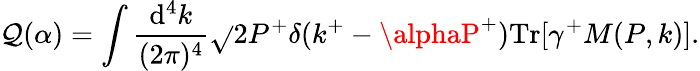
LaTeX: \mathcal{Q}(\alpha)=\int\frac{{\mathrm{{d}}^{4}k}}{{(2\pi)^{4}}}\sqrt{}{{2}}P^{+}\delta(k^{+}-\alphaP^{+})\mathrm{{Tr}}[\gamma^{+}M(P,k)].